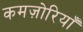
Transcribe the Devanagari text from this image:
कमज़ोरियाँ